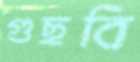
গুছবি